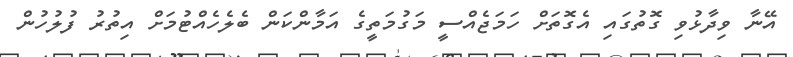
އޭނާ ވިދާޅުވި ގޮތުގައި އެގޮތަށް ހަމަޖެއްސީ މަގުމަތީގެ އަމާންކަން ބެލެހެއްޓުމަށް އިތުރު ފުލުހުން